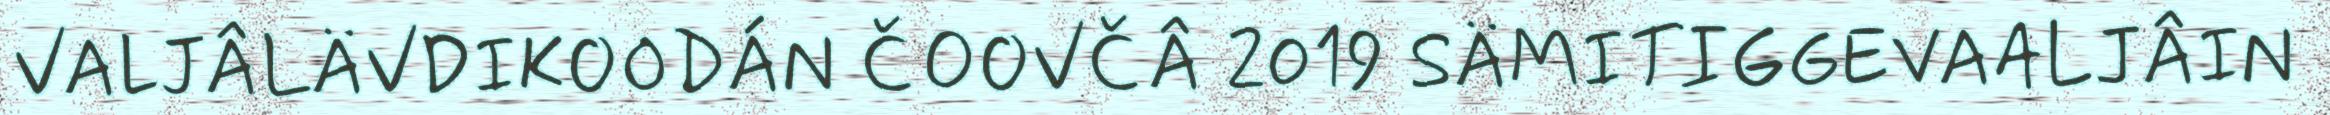
VALJÂLÄVDIKOODÁN ČOOVČÂ 2019 SÄMITIGGEVAALJÂIN